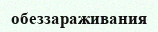
обеззараживания